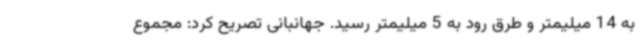
به 14 میلیمتر و طرق رود به 5 میلیمتر رسید. جهانبانی تصریح کرد: مجموع